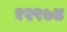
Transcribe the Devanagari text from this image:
१२९७४